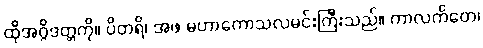
ထိုအဂ္ဂိဒတ္တကို။ ပိတရိ၊ အဖ မဟာကောသလမင်းကြီးသည်။ ကာလင်္ကတေ၊